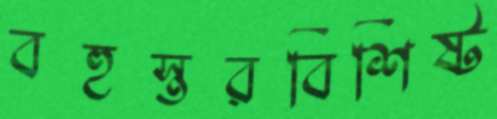
বহুস্তরবিশিষ্ট